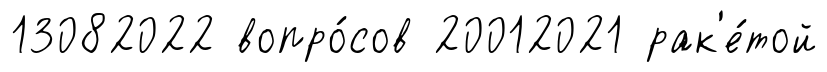
13082022 вопро́сов 20012021 рак'е́той